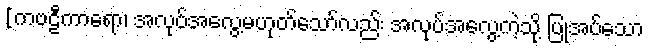
[ကဗဠီကာရော၊ အလုပ်အလွေ့မဟုတ်သော်လည်း အလုပ်အလွေ့ကဲ့သို့ ပြုအပ်သော